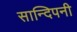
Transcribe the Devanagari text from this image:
सान्दिपनी